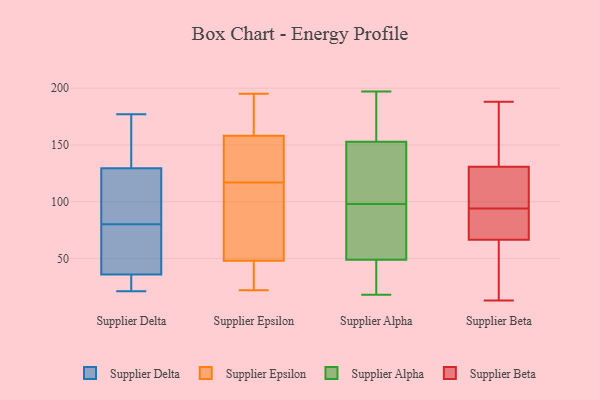
{"axis": {"x": "Shipments", "y": "Value"}, "legend": ["Supplier Alpha", "Supplier Beta", "Supplier Delta", "Supplier Epsilon"], "data": [{"x": "", "y": 168, "type": "Supplier Delta"}, {"x": "", "y": 32, "type": "Supplier Delta"}, {"x": "", "y": 21, "type": "Supplier Delta"}, {"x": "", "y": 31, "type": "Supplier Delta"}, {"x": "", "y": 37, "type": "Supplier Delta"}, {"x": "", "y": 134, "type": "Supplier Delta"}, {"x": "", "y": 37, "type": "Supplier Delta"}, {"x": "", "y": 177, "type": "Supplier Delta"}, {"x": "", "y": 128, "type": "Supplier Delta"}, {"x": "", "y": 120, "type": "Supplier Delta"}, {"x": "", "y": 80, "type": "Supplier Delta"}, {"x": "", "y": 88, "type": "Supplier Delta"}, {"x": "", "y": 59, "type": "Supplier Delta"}, {"x": "", "y": 146, "type": "Supplier Epsilon"}, {"x": "", "y": 48, "type": "Supplier Epsilon"}, {"x": "", "y": 116, "type": "Supplier Epsilon"}, {"x": "", "y": 77, "type": "Supplier Epsilon"}, {"x": "", "y": 166, "type": "Supplier Epsilon"}, {"x": "", "y": 171, "type": "Supplier Epsilon"}, {"x": "", "y": 44, "type": "Supplier Epsilon"}, {"x": "", "y": 181, "type": "Supplier Epsilon"}, {"x": "", "y": 158, "type": "Supplier Epsilon"}, {"x": "", "y": 35, "type": "Supplier Epsilon"}, {"x": "", "y": 65, "type": "Supplier Epsilon"}, {"x": "", "y": 155, "type": "Supplier Epsilon"}, {"x": "", "y": 118, "type": "Supplier Epsilon"}, {"x": "", "y": 65, "type": "Supplier Epsilon"}, {"x": "", "y": 128, "type": "Supplier Epsilon"}, {"x": "", "y": 23, "type": "Supplier Epsilon"}, {"x": "", "y": 195, "type": "Supplier Epsilon"}, {"x": "", "y": 22, "type": "Supplier Epsilon"}, {"x": "", "y": 45, "type": "Supplier Alpha"}, {"x": "", "y": 149, "type": "Supplier Alpha"}, {"x": "", "y": 164, "type": "Supplier Alpha"}, {"x": "", "y": 74, "type": "Supplier Alpha"}, {"x": "", "y": 42, "type": "Supplier Alpha"}, {"x": "", "y": 30, "type": "Supplier Alpha"}, {"x": "", "y": 127, "type": "Supplier Alpha"}, {"x": "", "y": 154, "type": "Supplier Alpha"}, {"x": "", "y": 169, "type": "Supplier Alpha"}, {"x": "", "y": 120, "type": "Supplier Alpha"}, {"x": "", "y": 67, "type": "Supplier Alpha"}, {"x": "", "y": 197, "type": "Supplier Alpha"}, {"x": "", "y": 159, "type": "Supplier Alpha"}, {"x": "", "y": 18, "type": "Supplier Alpha"}, {"x": "", "y": 107, "type": "Supplier Alpha"}, {"x": "", "y": 98, "type": "Supplier Alpha"}, {"x": "", "y": 19, "type": "Supplier Alpha"}, {"x": "", "y": 60, "type": "Supplier Alpha"}, {"x": "", "y": 82, "type": "Supplier Alpha"}, {"x": "", "y": 50, "type": "Supplier Beta"}, {"x": "", "y": 112, "type": "Supplier Beta"}, {"x": "", "y": 125, "type": "Supplier Beta"}, {"x": "", "y": 65, "type": "Supplier Beta"}, {"x": "", "y": 71, "type": "Supplier Beta"}, {"x": "", "y": 80, "type": "Supplier Beta"}, {"x": "", "y": 131, "type": "Supplier Beta"}, {"x": "", "y": 187, "type": "Supplier Beta"}, {"x": "", "y": 130, "type": "Supplier Beta"}, {"x": "", "y": 168, "type": "Supplier Beta"}, {"x": "", "y": 83, "type": "Supplier Beta"}, {"x": "", "y": 188, "type": "Supplier Beta"}, {"x": "", "y": 94, "type": "Supplier Beta"}, {"x": "", "y": 13, "type": "Supplier Beta"}, {"x": "", "y": 28, "type": "Supplier Beta"}]}